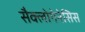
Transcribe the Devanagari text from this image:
सैक्लोगेनेसिस